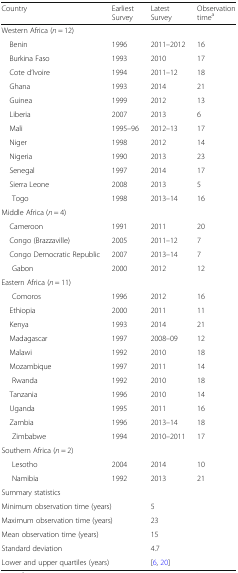
<table><thead><tr><td><b>Country</b></td><td><b>Earliest Survey</b></td><td><b>Latest Survey</b></td><td><b>Observation time<sup>a</sup></b></td></tr></thead><tbody><tr><td colspan="4">Western Africa (<i>n</i> = 12)</td></tr><tr><td> Benin</td><td>1996</td><td>2011–2012</td><td>16</td></tr><tr><td> Burkina Faso</td><td>1993</td><td>2010</td><td>17</td></tr><tr><td> Cote d’Ivoire</td><td>1994</td><td>2011–12</td><td>18</td></tr><tr><td> Ghana</td><td>1993</td><td>2014</td><td>21</td></tr><tr><td> Guinea</td><td>1999</td><td>2012</td><td>13</td></tr><tr><td> Liberia</td><td>2007</td><td>2013</td><td>6</td></tr><tr><td> Mali</td><td>1995–96</td><td>2012–13</td><td>17</td></tr><tr><td> Niger</td><td>1998</td><td>2012</td><td>14</td></tr><tr><td> Nigeria</td><td>1990</td><td>2013</td><td>23</td></tr><tr><td> Senegal</td><td>1997</td><td>2014</td><td>17</td></tr><tr><td> Sierra Leone</td><td>2008</td><td>2013</td><td>5</td></tr><tr><td>Togo</td><td>1998</td><td>2013–14</td><td>16</td></tr><tr><td colspan="4">Middle Africa (<i>n</i> = 4)</td></tr><tr><td> Cameroon</td><td>1991</td><td>2011</td><td>20</td></tr><tr><td> Congo (Brazzaville)</td><td>2005</td><td>2011–12</td><td>7</td></tr><tr><td> Congo Democratic Republic</td><td>2007</td><td>2013–14</td><td>7</td></tr><tr><td>Gabon</td><td>2000</td><td>2012</td><td>12</td></tr><tr><td colspan="4">Eastern Africa (<i>n</i> = 11)</td></tr><tr><td>Comoros</td><td>1996</td><td>2012</td><td>16</td></tr><tr><td> Ethiopia</td><td>2000</td><td>2011</td><td>11</td></tr><tr><td> Kenya</td><td>1993</td><td>2014</td><td>21</td></tr><tr><td> Madagascar</td><td>1997</td><td>2008–09</td><td>12</td></tr><tr><td> Malawi</td><td>1992</td><td>2010</td><td>18</td></tr><tr><td> Mozambique</td><td>1997</td><td>2011</td><td>14</td></tr><tr><td>Rwanda</td><td>1992</td><td>2010</td><td>18</td></tr><tr><td> Tanzania</td><td>1996</td><td>2010</td><td>14</td></tr><tr><td> Uganda</td><td>1995</td><td>2011</td><td>16</td></tr><tr><td> Zambia</td><td>1996</td><td>2013–14</td><td>18</td></tr><tr><td>Zimbabwe</td><td>1994</td><td>2010–2011</td><td>17</td></tr><tr><td colspan="4">Southern Africa (<i>n</i> = 2)</td></tr><tr><td>Lesotho</td><td>2004</td><td>2014</td><td>10</td></tr><tr><td>Namibia</td><td>1992</td><td>2013</td><td>21</td></tr><tr><td colspan="4">Summary statistics</td></tr><tr><td colspan="2">Minimum observation time (years)</td><td>5</td><td rowspan="5"></td></tr><tr><td colspan="2">Maximum observation time (years)</td><td>23</td></tr><tr><td colspan="2">Mean observation time (years)</td><td>15</td></tr><tr><td colspan="2">Standard deviation</td><td>4.7</td></tr><tr><td colspan="2">Lower and upper quartiles (years)</td><td>[6, 20]</td></tr></tbody></table>